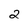
Character: 2